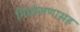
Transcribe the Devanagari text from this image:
नियोजणासह